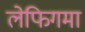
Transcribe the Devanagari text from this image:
लेफिगमा